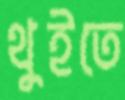
থুইতে